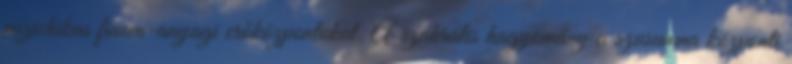
pszichikus finom-anyagi erőközpontokat. A szakrális hagyomány a szusumna központi